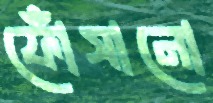
ফোঁসানো